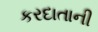
કરદાતાની